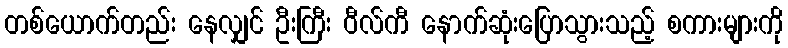
တစ်ယောက်တည်း နေလျှင် ဦးကြီး ဝီလ်ကီ နောက်ဆုံးပြောသွားသည့် စကားများကို